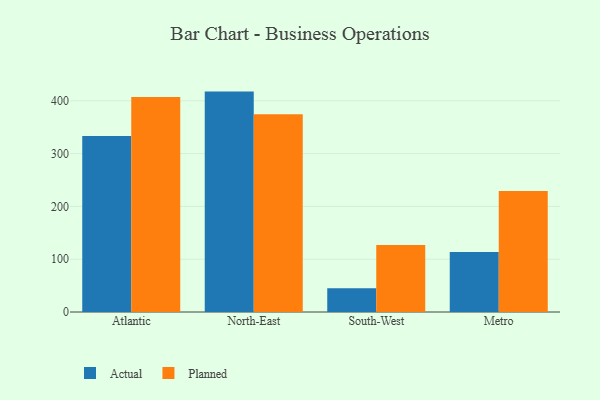
{"axis": {"x": "Region", "y": "Demand Index"}, "legend": ["Actual", "Planned"], "data": [{"x": "Atlantic", "y": 333.3, "type": "Actual"}, {"x": "Atlantic", "y": 407.2, "type": "Planned"}, {"x": "North-East", "y": 417.5, "type": "Actual"}, {"x": "North-East", "y": 374.7, "type": "Planned"}, {"x": "South-West", "y": 45.1, "type": "Actual"}, {"x": "South-West", "y": 127.1, "type": "Planned"}, {"x": "Metro", "y": 113.5, "type": "Actual"}, {"x": "Metro", "y": 229.3, "type": "Planned"}]}